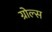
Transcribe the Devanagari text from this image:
ग्रोल्स